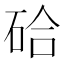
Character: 硆